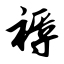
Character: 褥